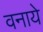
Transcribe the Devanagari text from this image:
वनाये